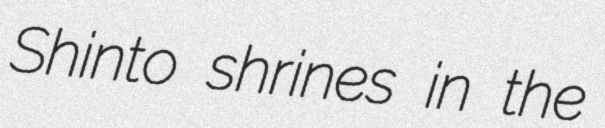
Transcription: Shinto shrines in the